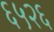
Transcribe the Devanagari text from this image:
६५२६